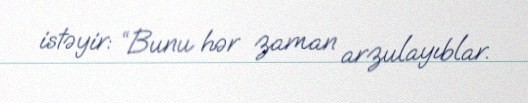
istəyir: “Bunu hər zaman arzulayıblar.